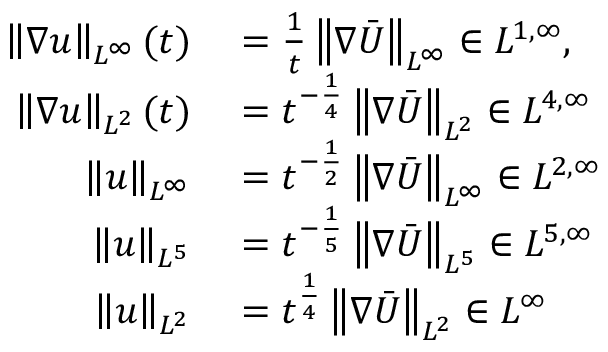
\begin{array} { r l } { \left\lVert \nabla u \right\rVert _ { L ^ { \infty } } ( t ) } & { { } = \frac 1 t \left\lVert \nabla \bar { U } \right\rVert _ { L ^ { \infty } } \in L ^ { 1 , \infty } , } \\ { \left\lVert \nabla u \right\rVert _ { L ^ { 2 } } ( t ) } & { { } = t ^ { - \frac 1 4 } \left\lVert \nabla \bar { U } \right\rVert _ { L ^ { 2 } } \in L ^ { 4 , \infty } } \\ { \left\lVert u \right\rVert _ { L ^ { \infty } } } & { { } = t ^ { - \frac 1 2 } \left\lVert \nabla \bar { U } \right\rVert _ { L ^ { \infty } } \in L ^ { 2 , \infty } } \\ { \left\lVert u \right\rVert _ { L ^ { 5 } } } & { { } = t ^ { - \frac 1 5 } \left\lVert \nabla \bar { U } \right\rVert _ { L ^ { 5 } } \in L ^ { 5 , \infty } } \\ { \left\lVert u \right\rVert _ { L ^ { 2 } } } & { { } = t ^ { \frac 1 4 } \left\lVert \nabla \bar { U } \right\rVert _ { L ^ { 2 } } \in L ^ { \infty } } \end{array}